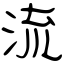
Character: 流